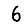
Digit: 6